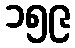
၁၅၉